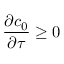
\frac { \partial c _ { 0 } } { \partial \tau } \geq 0